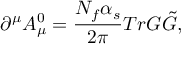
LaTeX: \partial ^ { \mu } A _ { \mu } ^ { 0 } = \frac { N _ { f } \alpha _ { s } } { 2 \pi } T r { \cal G } { \tilde { \cal G } } ,